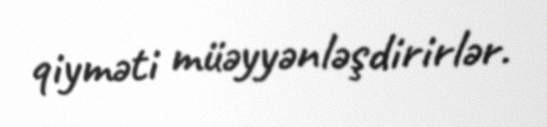
qiyməti müəyyənləşdirirlər.